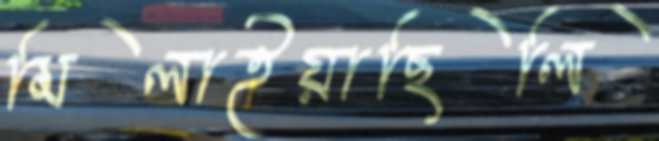
মিলাইয়াছিলি